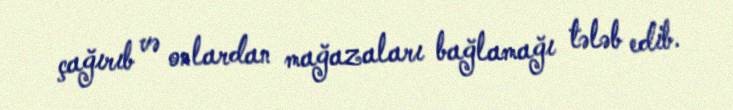
çağırıb və onlardan mağazaları bağlamağı tələb edib.